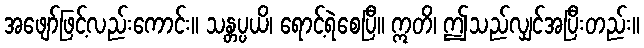
အဖျော်ဖြင့်လည်းကောင်း။ သန္တပ္ပယိ၊ ရောင့်ရဲစေပြီ။ ဣတိ၊ ဤသည်လျှင်အပြီးတည်း။